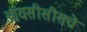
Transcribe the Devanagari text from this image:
आयसीसीसचे